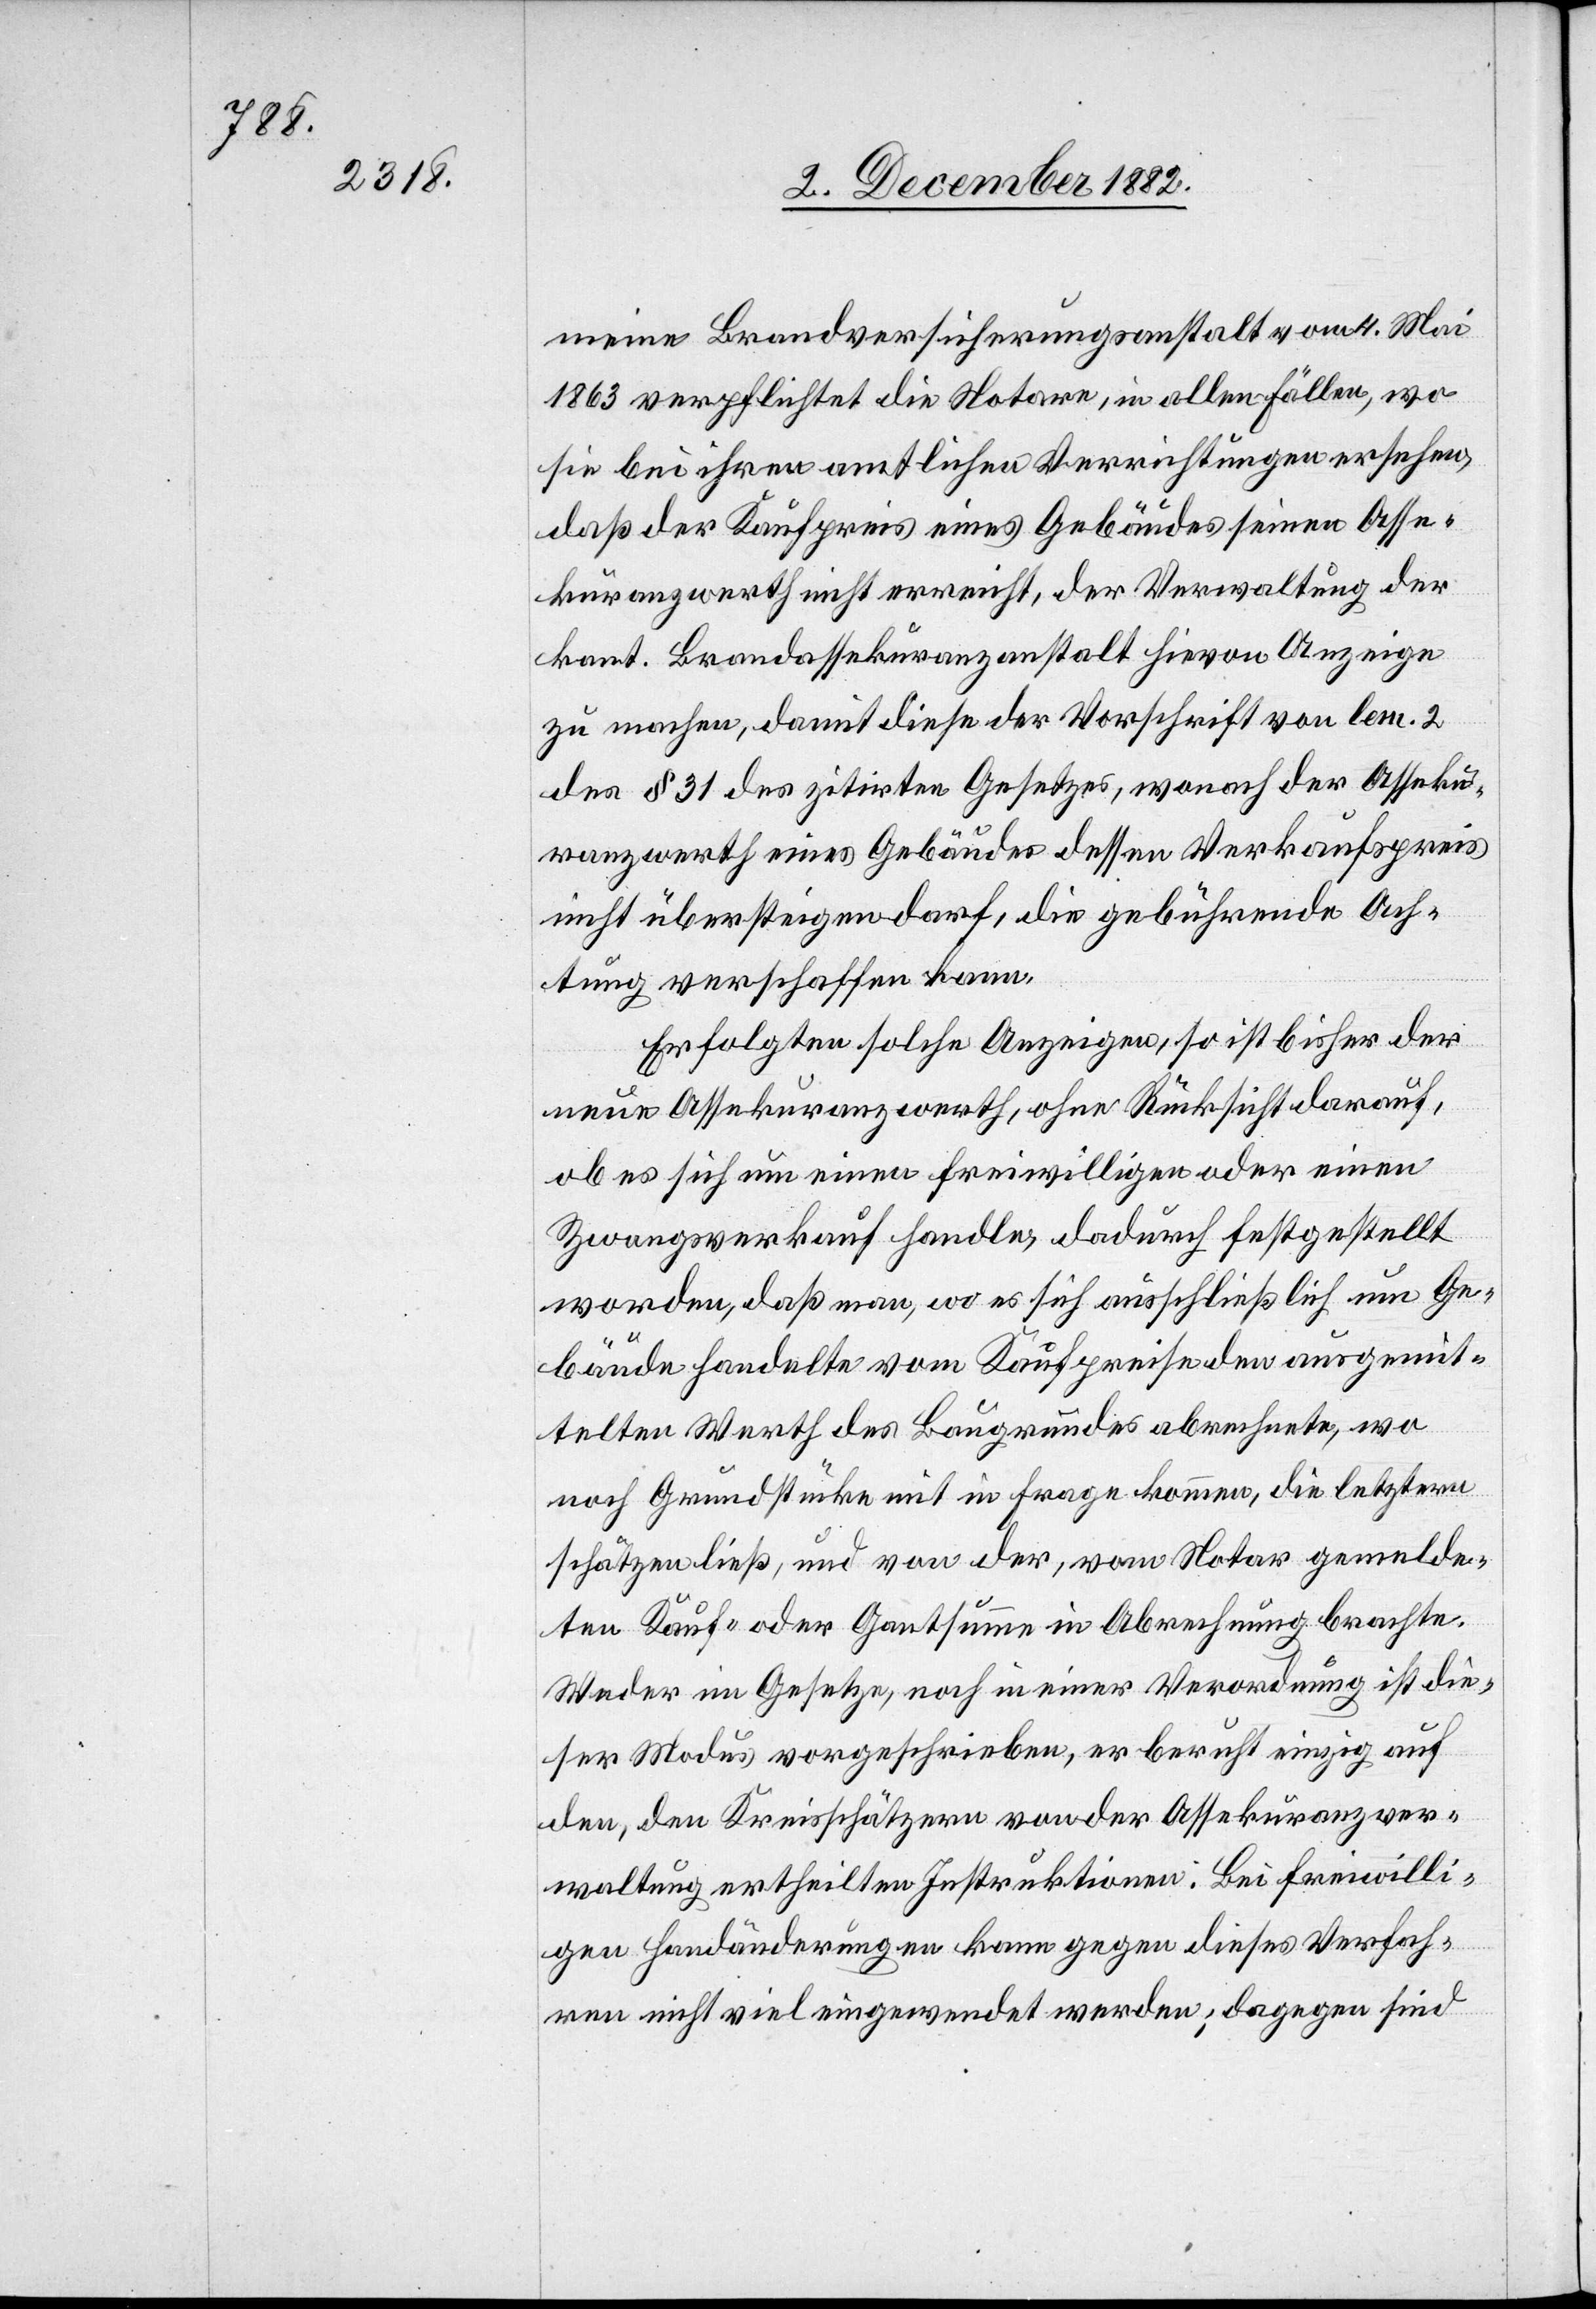
meine Brandversicherungsanstalt vom 4. Mai
1863 verpflichtet die Notare, in allen Fällen, wo
sie bei ihren amtlichen Verrichtungen ersehen,
daß der Kaufpreis eines Gebäudes seinen Asse¬
kuranzwerth nicht erreicht, der Verwaltung der
kant. Brandassekuranzanstalt hievon Anzeige
zu machen, damit diese der Vorschrift von lem. 2
des § 31 des zitirten Gesetzes, wonach der Asseku¬
ranzwerth eines Gebäudes dessen Verkaufspreis
nicht übersteigen darf, die gebührende Ach¬
tung verschaffen kann.
Erfolgten solche Anzeigen, so ist bisher der
neue Assekuranzwerth, ohne Rücksicht darauf,
ob es sich um einen freiwilligen oder einen
Zwangsverkauf handle, dadurch festgestellt
worden, daß man, wo es sich ausschließlich um Ge¬
bäude handelte vom Kaufpreise den ausgemit¬
telten Werth des Baugrundes abrechnete, wo
noch Grundstücke mit in Frage kommen, die letztern
schätzen ließ, und von der, vom Notar gemelde¬
ten Kauf- oder Gantsumme in Abrechnung brachte.
Weder im Gesetze, noch in einer Verordnung ist die¬
ser Modus vorgeschrieben, er beruht einzig auf
den, den Kreisschätzern von der Assekuranzver¬
waltung ertheilten Instruktion. Bei freiwilli¬
gen Handänderungen kann gegen dieses Verfah¬
ren nicht viel eingewendet werden; dagegen sind